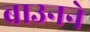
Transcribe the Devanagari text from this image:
ब्राउनने